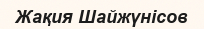
Жақия Шайжүнісов